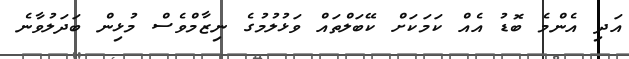
އަދި އެންމެ ބޮޑު އެއް ކަމަކަށް ކޭބަލްތައް ވަޅުލުމުގެ ނިޒާމްވެސް މުޅިން ބަދަލުވާނެ